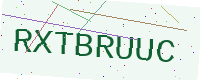
Text: RXTBRUUC